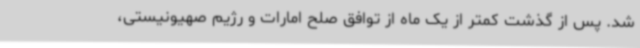
شد. پس از گذشت کمتر از یک ماه از توافق صلح امارات و رژیم صهیونیستی،